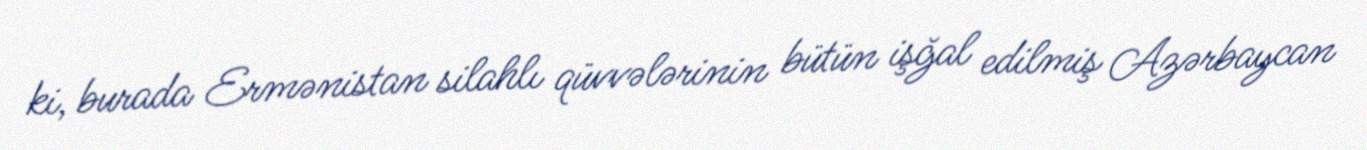
ki, burada Ermənistan silahlı qüvvələrinin bütün işğal edilmiş Azərbaycan